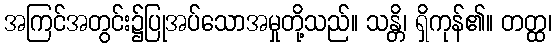
အကြင်အတွင်း၌ပြုအပ်သောအမှုတို့သည်။ သန္တိ၊ ရှိကုန်၏။ တတ္ထ၊